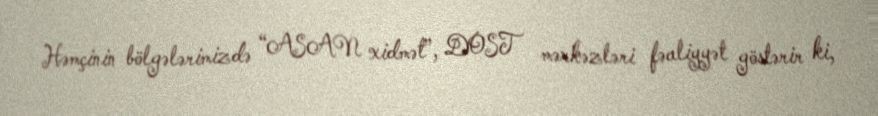
Həmçinin bölgələrimizdə “ASAN xidmət”, DOST mərkəzləri fəaliyyət göstərir ki,